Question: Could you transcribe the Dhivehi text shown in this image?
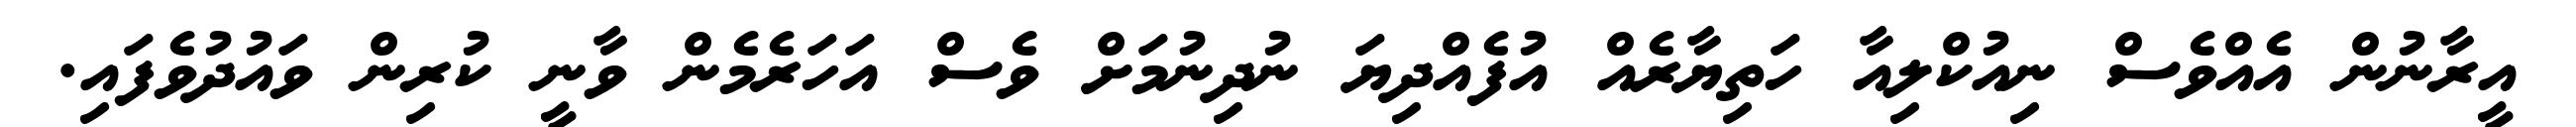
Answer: އީރާނުން އެއްވެސް ނިއުކްލިއާ ހަތިޔާރެއް އުފެއްދިޔަ ނުދިނުމަށް ވެސް އަހަރެމެން ވާނީ ކުރިން ވައުދުވެފައި.